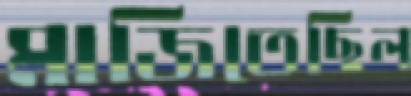
মাজিতেছিল